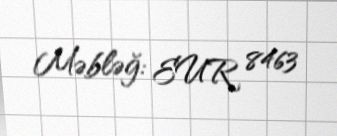
Məbləğ: EUR 8463